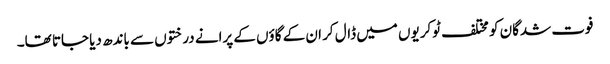
فوت شدگان کو مختلف ٹوکریوں میں ڈال کر ان کے گاؤں کے پرانے درختوں سے باندھ دیا جاتا تھا۔